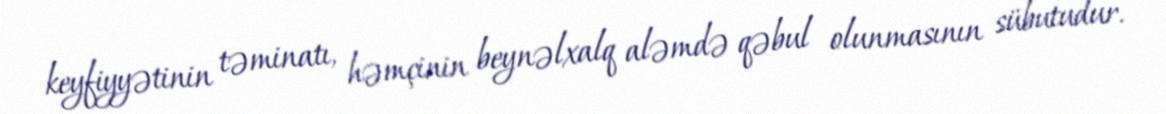
keyfiyyətinin təminatı, həmçinin beynəlxalq aləmdə qəbul olunmasının sübutudur.